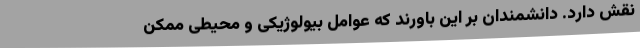
نقش دارد. دانشمندان بر این باورند که عوامل بیولوژیکی و محیطی ممکن